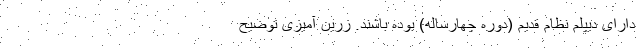
دارای دیپلم نظام قدیم (دوره چهارساله) بوده باشند. زرین آمیزی توضیح